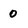
Character: 0